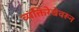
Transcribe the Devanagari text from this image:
व्यक्तिरेखेवरून